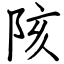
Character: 陔